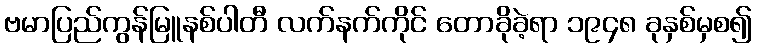
ဗမာပြည်ကွန်မြူနစ်ပါတီ လက်နက်ကိုင် တောခိုခဲ့ရာ ၁၉၄၈ ခုနှစ်မှစ၍